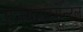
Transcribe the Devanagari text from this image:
एनवायरमेन्टल